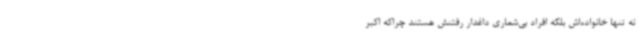
نه تنها خانواده‌اش بلکه افراد بی‌شماری داغدار رفتنش هستند چراکه اکبر